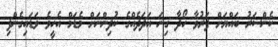
ކެންސަރު ބައްޔަށް ފަރުވާ ހޯދާ ގިނަ އަދަދެއްގެ ކުދިންނަށް މެޑަމް އެހީވެ ވަޑައިގެންފި